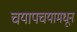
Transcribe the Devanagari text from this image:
चयापचयामधून